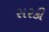
સરકી